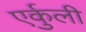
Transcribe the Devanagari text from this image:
एर्कुली